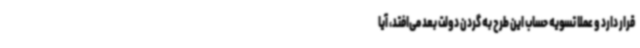
قرار دارد و عملا تسویه حساب این طرح به گردن دولت بعد می‌افتد، آیا